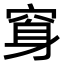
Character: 䆤